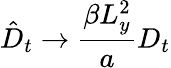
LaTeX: \hat{D}_{t}\rightarrow\frac{\beta L_{y}^{2}}{a}D_{t}